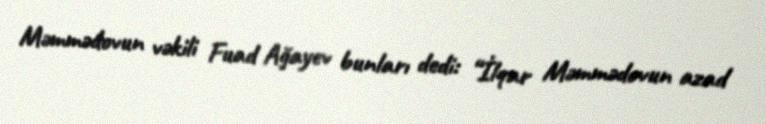
Məmmədovun vəkili Fuad Ağayev bunları dedi: “İlqar Məmmədovun azad